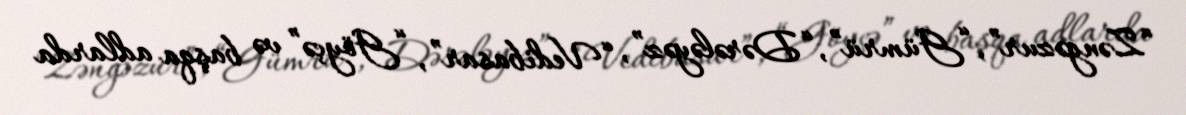
“Zəngəzur”, “Gümrü”, “Dərələyəz”, “Vedibasar”, “Göyçə” və başqa adlarda